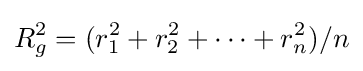
R_{g}^{2}=(r_{1}^{2}+r_{2}^{2}+\cdots +r_{n}^{2})/n